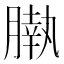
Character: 𣎖